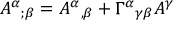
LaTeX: A ^ { \alpha } { } _ { ; \beta } = A ^ { \alpha } { } _ { , \beta } + \Gamma ^ { \alpha } { } _ { \gamma \beta } A ^ { \gamma }